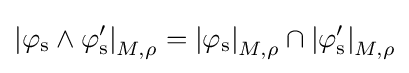
\mathrm {\left\vert \varphi _{s}\land \varphi '_{s}\right\vert } _{M,\rho }=\mathrm {\left\vert \varphi _{s}\right\vert } _{M,\rho }\cap \mathrm {\left\vert \varphi '_{s}\right\vert } _{M,\rho }